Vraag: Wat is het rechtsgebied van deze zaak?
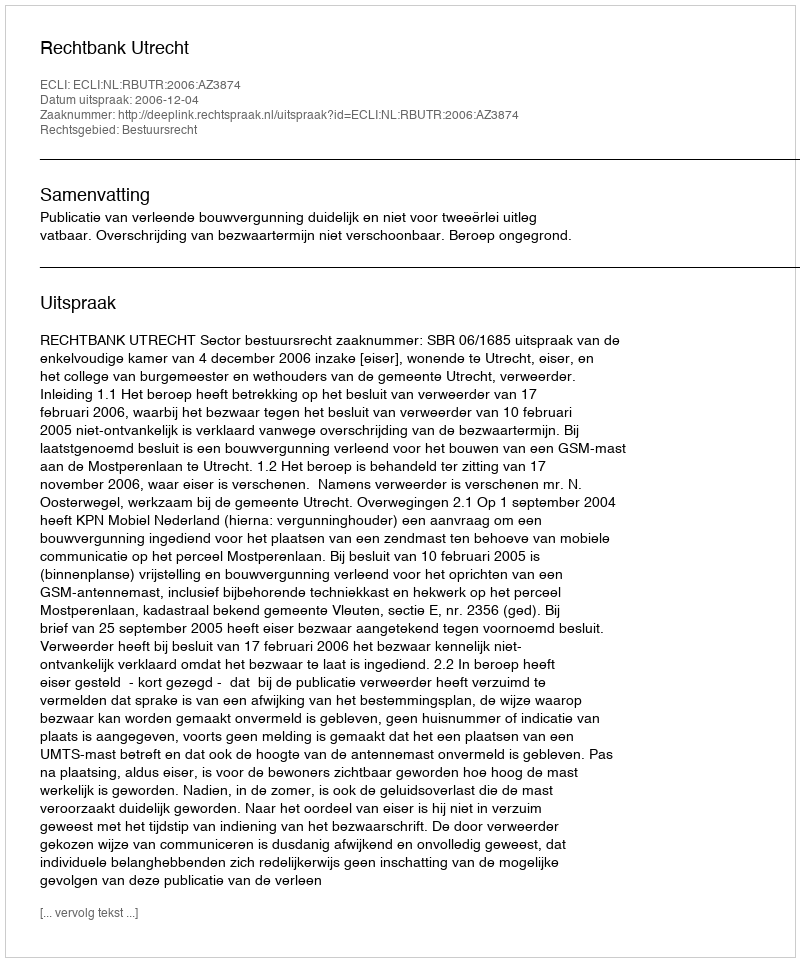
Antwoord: Bestuursrecht